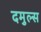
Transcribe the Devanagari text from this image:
दमुल्स